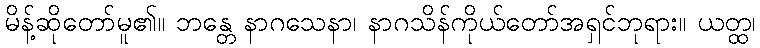
မိန့်ဆိုတော်မူ၏။ ဘန္တေ နာဂသေနာ၊ နာဂသိန်ကိုယ်တော်အရှင်ဘုရား။ ယတ္ထ၊